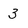
Character: 3